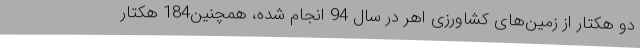
دو هکتار از زمین‌های کشاورزی اهر در سال 94 انجام شده، همچنین184 هکتار